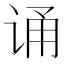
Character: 诵